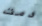
دمت